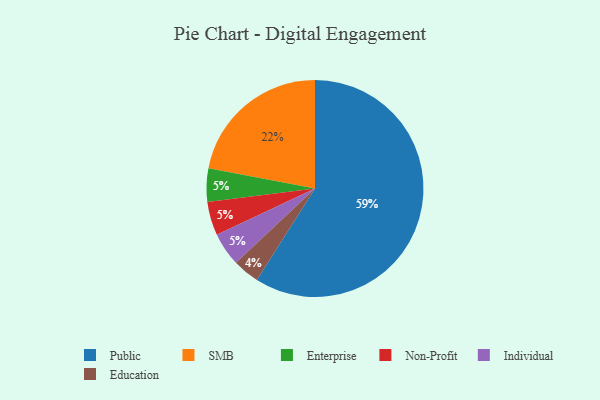
{"axis": {"x": "Category", "y": "Percentage"}, "legend": ["Education", "Enterprise", "Individual", "Non-Profit", "Public", "SMB"], "data": [{"x": "Education", "y": 4, "type": "Education"}, {"x": "Public", "y": 59, "type": "Public"}, {"x": "Enterprise", "y": 5, "type": "Enterprise"}, {"x": "Non-Profit", "y": 5, "type": "Non-Profit"}, {"x": "SMB", "y": 22, "type": "SMB"}, {"x": "Individual", "y": 5, "type": "Individual"}]}